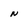
Character: N